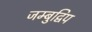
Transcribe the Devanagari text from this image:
जम्बुद्विप